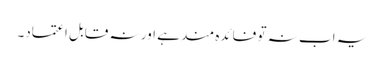
یہ اب نہ تو فائدہ مند ہے اور نہ قابل اعتماد۔